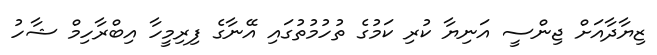
ޒިޔާދާއަށް ޖިންސީ އަނިޔާ ކުރި ކަމުގެ ތުހުމުތުގައި އޭނާގެ ފިރިމީހާ އިބްރާހިމް ޝާހު